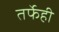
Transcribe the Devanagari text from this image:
तर्फेही